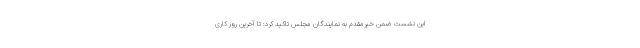
این نشست ضمن خیرمقدم به نمایندگان مجلس تاکید کرد: تا آخرین روز کاری